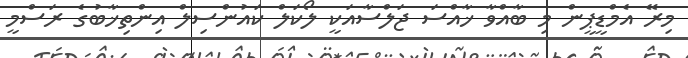
މިރޭ އެމްޑީޕީން މި ބާއްވާ ޚާއްސަ ޖަލްސާއަކީ ލޯކަލް ކައުންސިލް އިންތިޚާބުގެ ރަސްމީ